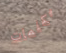
بكلمات